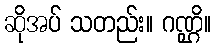
ဆိုအပ် သတည်း။ ဂဏ္ဌိ။